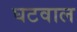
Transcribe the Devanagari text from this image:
घटवाल